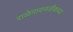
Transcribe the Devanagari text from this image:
राळेगावनजीकच्या